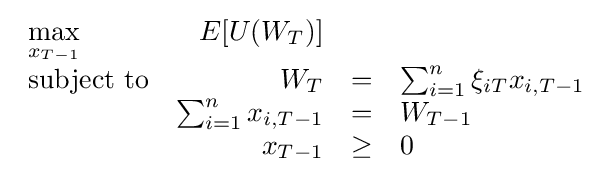
{\begin{array}{lrclr}\max \limits _{x_{T-1}}&E[U(W_{T})]&\\{\text{subject to}}&W_{T}&=&\sum _{i=1}^{n}\xi _{iT}x_{i,T-1}\\&\sum _{i=1}^{n}x_{i,T-1}&=&W_{T-1}\\&x_{T-1}&\geq &0\end{array}}